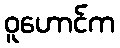
ဝူဟောင်က